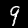
Digit: 9